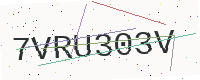
Text: 7VRU303V